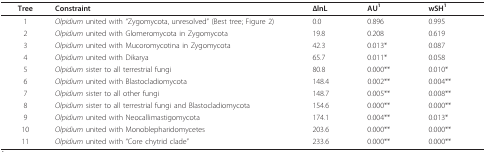
<table><thead><tr><td><b>Tree</b></td><td><b>Constraint</b></td><td><b>ΔlnL</b></td><td><b>AU<sup>1</sup></b></td><td><b>wSH<sup>1</sup></b></td></tr></thead><tbody><tr><td>1</td><td><i>Olpidium </i>united with &quot;Zygomycota, unresolved&quot; (Best tree; Figure 2)</td><td>0.0</td><td>0.896</td><td>0.995</td></tr><tr><td>2</td><td><i>Olpidium </i>united with Glomeromycota in Zygomycota</td><td>19.8</td><td>0.208</td><td>0.619</td></tr><tr><td>3</td><td><i>Olpidium </i>united with Mucoromycotina in Zygomycota</td><td>42.3</td><td>0.013*</td><td>0.087</td></tr><tr><td>4</td><td><i>Olpidium </i>united with Dikarya</td><td>65.7</td><td>0.011*</td><td>0.058</td></tr><tr><td>5</td><td><i>Olpidium </i>sister to all terrestrial fungi</td><td>80.8</td><td>0.000**</td><td>0.010*</td></tr><tr><td>6</td><td><i>Olpidium </i>united with Blastocladiomycota</td><td>148.4</td><td>0.002**</td><td>0.004**</td></tr><tr><td>7</td><td><i>Olpidium </i>sister to all other fungi</td><td>148.7</td><td>0.005**</td><td>0.008**</td></tr><tr><td>8</td><td><i>Olpidium </i>sister to all terrestrial fungi and Blastocladiomycota</td><td>154.6</td><td>0.000**</td><td>0.000**</td></tr><tr><td>9</td><td><i>Olpidium </i>united with Neocallimastigomycota</td><td>174.1</td><td>0.004**</td><td>0.013*</td></tr><tr><td>10</td><td><i>Olpidium </i>united with Monoblepharidomycetes</td><td>203.6</td><td>0.000**</td><td>0.000**</td></tr><tr><td>11</td><td><i>Olpidium </i>united with &quot;Core chytrid clade&quot;</td><td>233.6</td><td>0.000**</td><td>0.000**</td></tr></tbody></table>